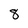
Character: 8